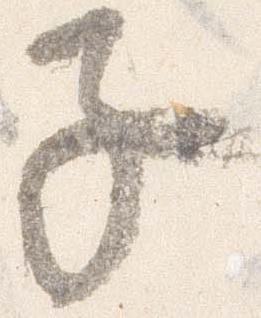
子